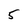
Character: 5